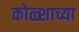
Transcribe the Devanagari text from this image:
कोळ्शाच्या